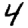
Digit: 4